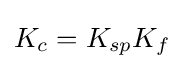
K_{c}=K_{sp}K_{f}